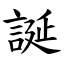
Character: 誕